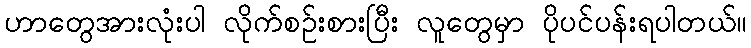
ဟာတွေအားလုံးပါ လိုက်စဉ်းစားပြီး လူတွေမှာ ပိုပင်ပန်းရပါတယ်။